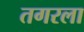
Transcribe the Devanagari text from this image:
तगरला